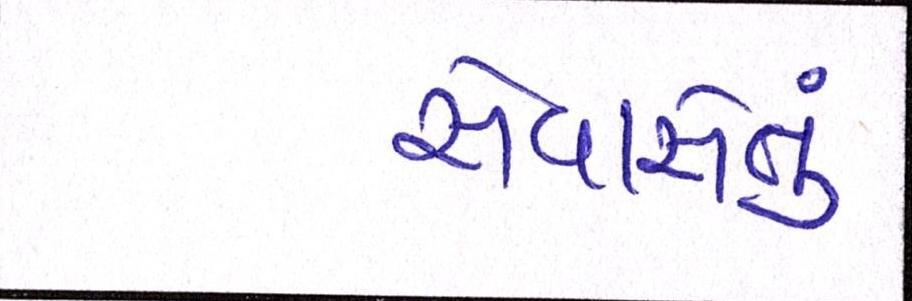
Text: સેવાસેતુ